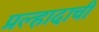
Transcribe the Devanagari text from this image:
प्रल्हादाची